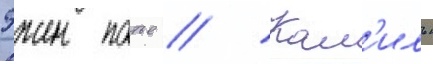
Эжен потье // Кам'иль